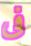
فى